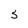
Character: 5